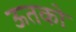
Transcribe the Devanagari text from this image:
ऊतको